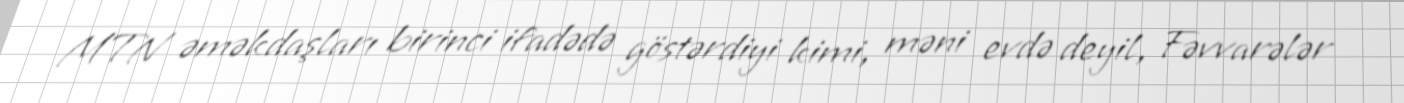
MTN əməkdaşları birinci ifadədə göstərdiyi kimi, məni evdə deyil, Fəvvarələr